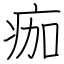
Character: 痂